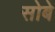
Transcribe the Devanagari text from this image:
सोबे